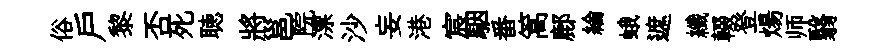
俗戸黎否死聴將邕院漂沙妄港宸駰番篙鄜綸蛾遮纖輟登煬师翳